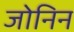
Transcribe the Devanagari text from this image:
जोनिन